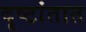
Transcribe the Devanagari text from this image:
दृष्टांतात